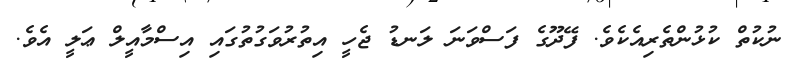
ނުކުތް ކުޅުންތެރިއެކެވެ. ފޭދޫގެ ފަސްވަނަ ލަނޑު ޖެހީ އިތުރުވަގުތުގައި އިސްމާއީލް ޢަލީ އެވެ.